Vaccine operations Central Provinces & Berar 1922-1929 - 1922-1929
Year: 1922
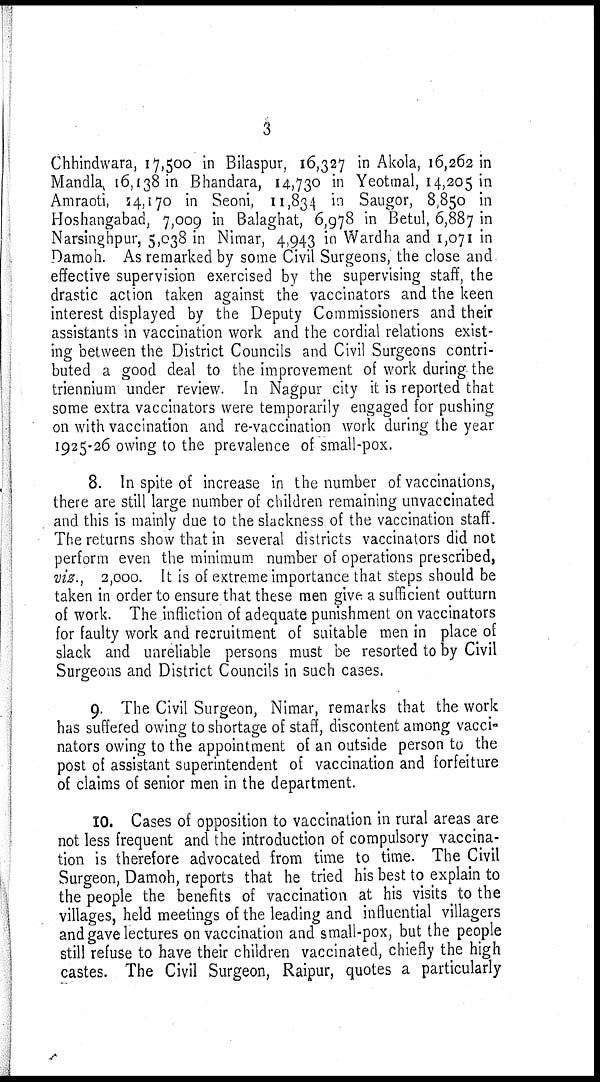
3
Chhindwara, 17,500 in Bilaspur, 16,327 in Akola, 16,262 in
Mandla, 16,138 in Bhandara, 14,730 in Yeotmal, 14,205 in
Amraoti, 24,170 in Seoni, 11,834 in Saugor, 8,850 in
Hoshangabad, 7,009 in Balaghat, 6,978 in Betul, 6,887 in
Narsinghpur, 5,038 in Nimar, 4,943 in Wardha and 1,071 in
Damoh. As remarked by some Civil Surgeons, the close and
effective supervision exercised by the supervising staff, the
drastic action taken against the vaccinators and the keen
interest displayed by the Deputy Commissioners and their
assistants in vaccination work and the cordial relations exist-
ing between the District Councils and Civil Surgeons contri-
buted a good deal to the improvement of work during the
triennium under review. In Nagpur city it is reported that
some extra vaccinators were temporarily engaged for pushing
on with vaccination and re-vaccination work during the year
1925-26 owing to the prevalence of small-pox.
8. In spite of increase in the number of vaccinations,
there are still large number of children remaining unvaccinated
and this is mainly due to the slackness of the vaccination staff.
The returns show that in several districts vaccinators did not
perform even the minimum number of operations prescribed,
viz., 2,000. It is of extreme importance that steps should be
taken in order to ensure that these men give a sufficient outturn
of work. The infliction of adequate punishment on vaccinators
for faulty work and recruitment of suitable men in place of
slack and unreliable persons must be resorted to by Civil
Surgeons and District Councils in such cases.
9. The Civil Surgeon, Nimar, remarks that the work
has suffered owing to shortage of staff, discontent among vacci-
nators owing to the appointment of an outside person to the
post of assistant superintendent of vaccination and forfeiture
of claims of senior men in the department.
10. Cases of opposition to vaccination in rural areas are
not less frequent and the introduction of compulsory vaccina-
tion is therefore advocated from time to time. The Civil
Surgeon, Damoh, reports that he tried his best to explain to
the people the benefits of vaccination at his visits to the
villages, held meetings of the leading and influential villagers
and gave lectures on vaccination and small-pox, but the people
still refuse to have their children vaccinated, chiefly the high
castes. The Civil Surgeon, Raipur, quotes a particularly